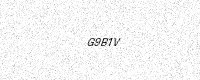
Text: G9B1V